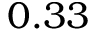
0 . 3 3